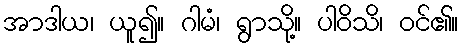
အာဒါယ၊ ယူ၍။ ဂါမံ၊ ရွာသို့။ ပါဝိသိ၊ ဝင်၏။